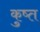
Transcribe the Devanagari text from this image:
कुष्त